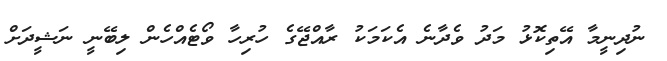
ނުދިނީމާ އޭތިކޮޅު މަދު ވެދާނެ އެކަމަކު ރާއްޖޭގެ ހުރިހާ ވޯޓެއްހެން ލިބޭނީ ނަޝީދަށް